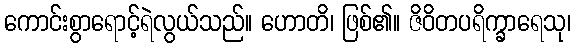
ကောင်းစွာရောင့်ရဲလွယ်သည်။ ဟောတိ၊ ဖြစ်၏။ ဇိဝိတပရိက္ခာရေသု၊